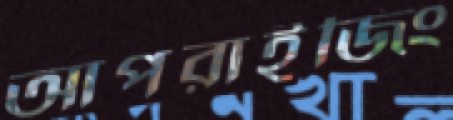
আপরাইজিং